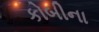
કોબીના